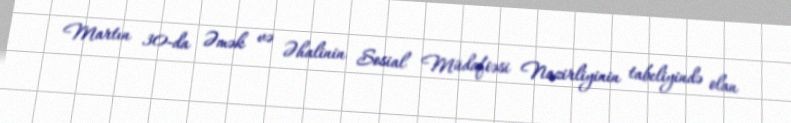
Martın 30-da Əmək və Əhalinin Sosial Müdafiəsi Nazirliyinin tabeliyində olan